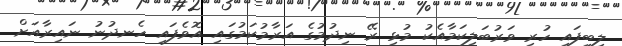
ލިބިފައި ހުރި ވަރުބަލިކަމާއެކު މުޅި ރޭ ނިދުމުގެ އަރާމުކަމުގައި އޮވެފައި ހެނދުނު ނައިރާއަށް